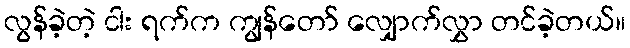
လွန်ခဲ့တဲ့ ငါး ရက်က ကျွန်တော် လျှောက်လွှာ တင်ခဲ့တယ်။